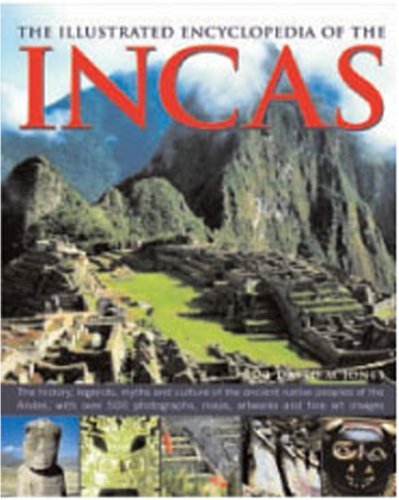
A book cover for The Illustrated Encyclopedia of The Incas; David M. Jones; History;